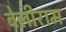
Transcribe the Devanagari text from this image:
बेलीराम